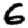
Digit: 6